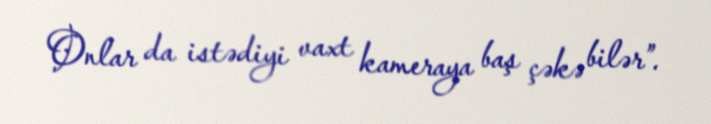
Onlar da istədiyi vaxt kameraya baş çəkə bilər”.